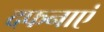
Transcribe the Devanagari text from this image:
दफनाएं